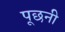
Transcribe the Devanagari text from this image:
पूछनी